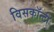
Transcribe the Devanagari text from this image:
विसकॉन्टी